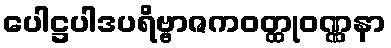
ပေါဋ္ဌပါဒပရိဗ္ဗာဇကဝတ္ထုဝဏ္ဏနာ